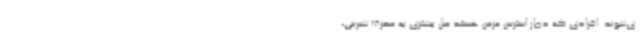
ی‌شوند. افرادی که دچار استرس مزمن هستند میل بیشتری به مصرف شیرینی،